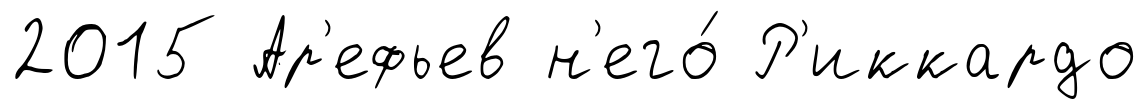
2015 Ар'ефьев н'его́ Р'иккардо